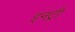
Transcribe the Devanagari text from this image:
इनट्री